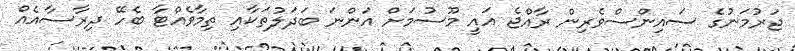
ޖަރުމަނުގެ ސައިންސްވެރިން ރާއްޖެ އައީ މޫސުމަށް އަންނަ ބަދަލުތަކާއި ތިމާވެއްޓާ ބެހޭ ދިރާސާއެއް